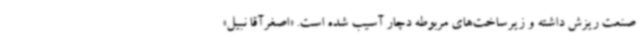
صنعت ریزش داشته و زیرساخت‌های مربوطه دچار آسیب شده است. «اصغرآقا نبیل»